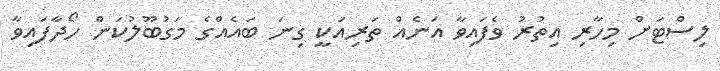
ލިސްޓަށް މިހާރި އިތުރު ވެފައިވާ އަނެއް ތަރިއަކީ ގިނަ ބައެއްގެ މަގުބޫލުކަން ހޯދާފައިވާ